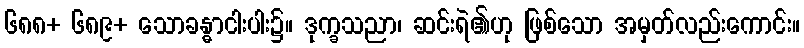
၆၈၈+ ၆၈၉+ သောခန္ဓာငါးပါး၌။ ဒုက္ခသညာ၊ ဆင်းရဲ၏ဟု ဖြစ်သော အမှတ်လည်းကောင်း။